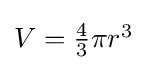
{\textstyle V={\frac {4}{3}}\pi r^{3}}